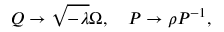
{ \cal Q } \rightarrow \sqrt { - \lambda } \Omega , \quad { \cal P } \rightarrow \rho { \cal P } ^ { - 1 } ,